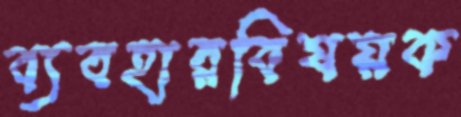
ব্যবহারবিষয়ক